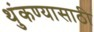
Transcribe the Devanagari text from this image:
थुंकण्यासाठी